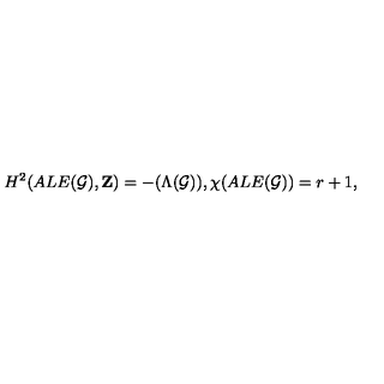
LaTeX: H ^ { 2 } ( A L E ( { \cal G } ) , { \bf Z } ) = - ( \Lambda ( { \cal G } ) ) , \chi ( A L E ( { \cal G } ) ) = r + 1 ,